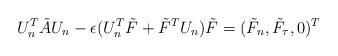
LaTeX: \begin{align*}U^T_n \tilde A U_n- \epsilon (U^T_n \tilde F + \tilde F^T U_n) \tilde F = ( \tilde F_n, \tilde F_{\tau}, 0)^T\end{align*}